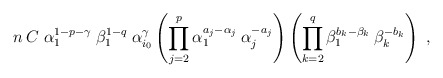
\begin{align*}n \:C \;\alpha_1^{1-p-\gamma} \:\beta_1^{1-q}\;\alpha_{i_0}^\gamma\left( \prod_{j=2}^p \alpha_1^{a_j - \alpha_j} \:\alpha_j^{-a_j} \right)\left( \prod_{k=2}^q \beta_1^{b_k-\beta_k} \:\beta_k^{-b_k} \right)\;, \end{align*}